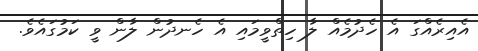
އެއިރެއްގަ އެ ހެދުމެއް ލާ ހިތްވީމައި އެ ހެނދުން ލާން ވީ ކަމުގައެވެ.